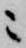
ニ